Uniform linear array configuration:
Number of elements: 8
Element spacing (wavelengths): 0.75
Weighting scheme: uniform
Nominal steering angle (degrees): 15
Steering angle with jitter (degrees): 13.933
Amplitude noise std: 0.05
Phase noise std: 0.05

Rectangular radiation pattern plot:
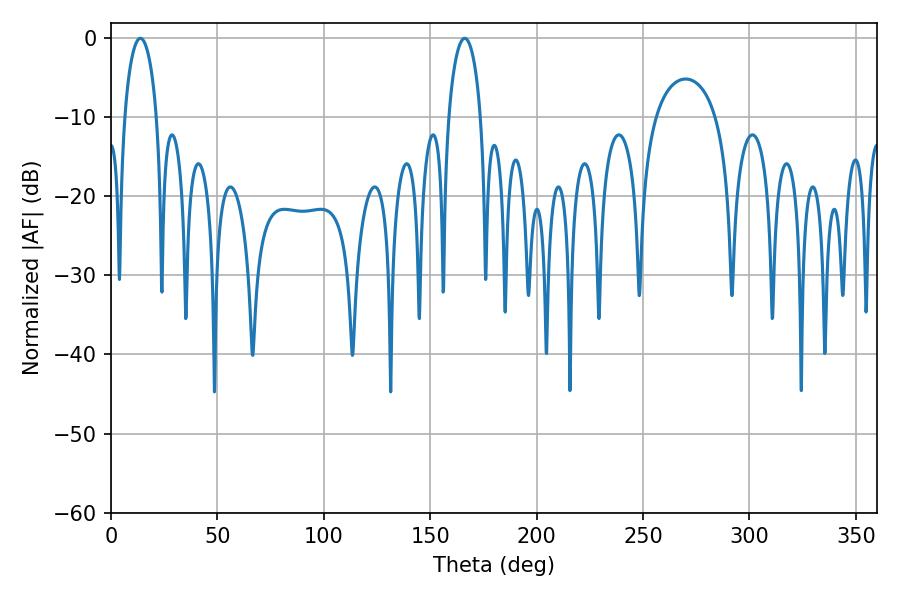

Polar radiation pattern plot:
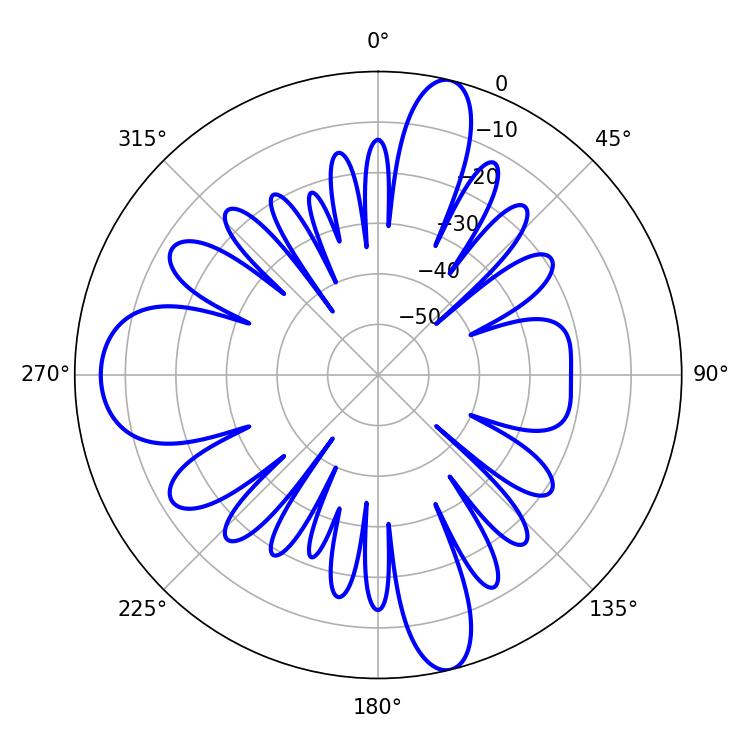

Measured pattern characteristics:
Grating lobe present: TRUE
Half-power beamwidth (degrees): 8.64
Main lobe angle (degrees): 166.14